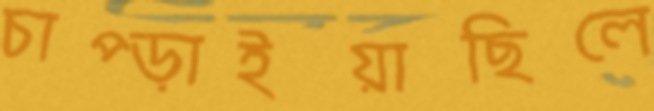
চাপ্‌ড়াইয়াছিলে